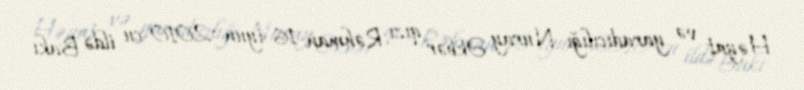
Həyat və yaradıcılığı Nuray Əkbər qızı Rəhman 16 iyun 2010-cu ildə Bakı